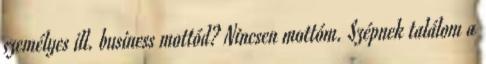
személyes ill. business mottód? Nincsen mottóm. Szépnek találom a